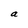
Character: a